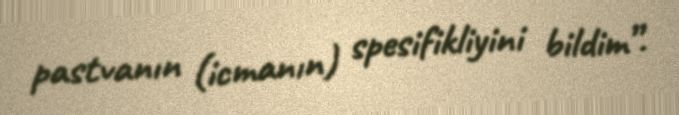
pastvanın (icmanın) spesifikliyini bildim”.